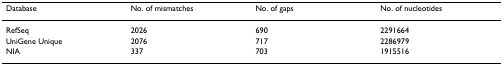
| Database | No. of mismatches | No. of gaps | No. of nucleotides |
 | --- | --- | --- | --- |
 | RefSeq | 2026 | 690 | 2291664 |
 | UniGene Unique | 2076 | 717 | 2286979 |
 | NIA | 337 | 703 | 1915516 |